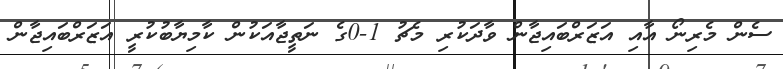
ސެން މެރިނޯ އާއި އަޒަރްބައިޖާން ވާދަކުރި މެޗު 1-0ގެ ނަތީޖާއަކުން ކާމިޔާބުކުރީ އަޒަރްބައިޖާން